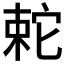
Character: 𡩆